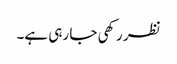
نظر رکھی جا رہی ہے۔